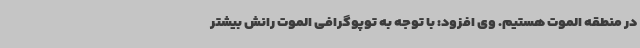
در منطقه الموت هستیم. وی افزود: با توجه به توپوگرافی الموت رانش بیشتر